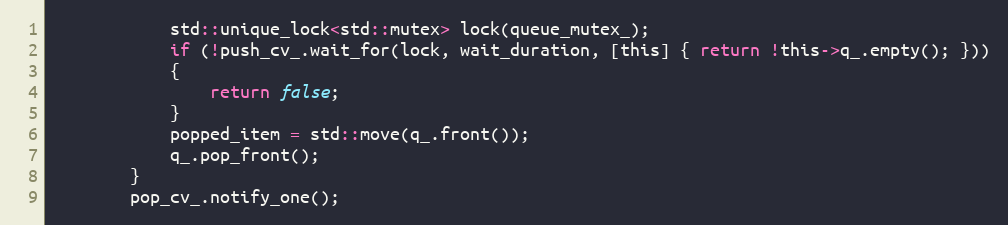
Language: C
            std::unique_lock<std::mutex> lock(queue_mutex_);
            if (!push_cv_.wait_for(lock, wait_duration, [this] { return !this->q_.empty(); }))
            {
                return false;
            }
            popped_item = std::move(q_.front());
            q_.pop_front();
        }
        pop_cv_.notify_one();